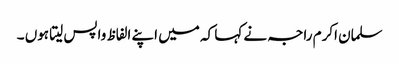
سلمان اکرم راجہ نے کہا کہ میں اپنے الفاظ واپس لیتا ہوں ۔